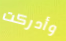
وأدركت